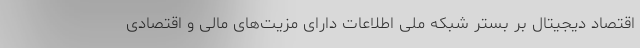
اقتصاد دیجیتال بر بستر شبکه ملی اطلاعات دارای مزیت‌های مالی و اقتصادی